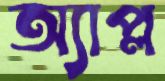
অ্যাপ্ল